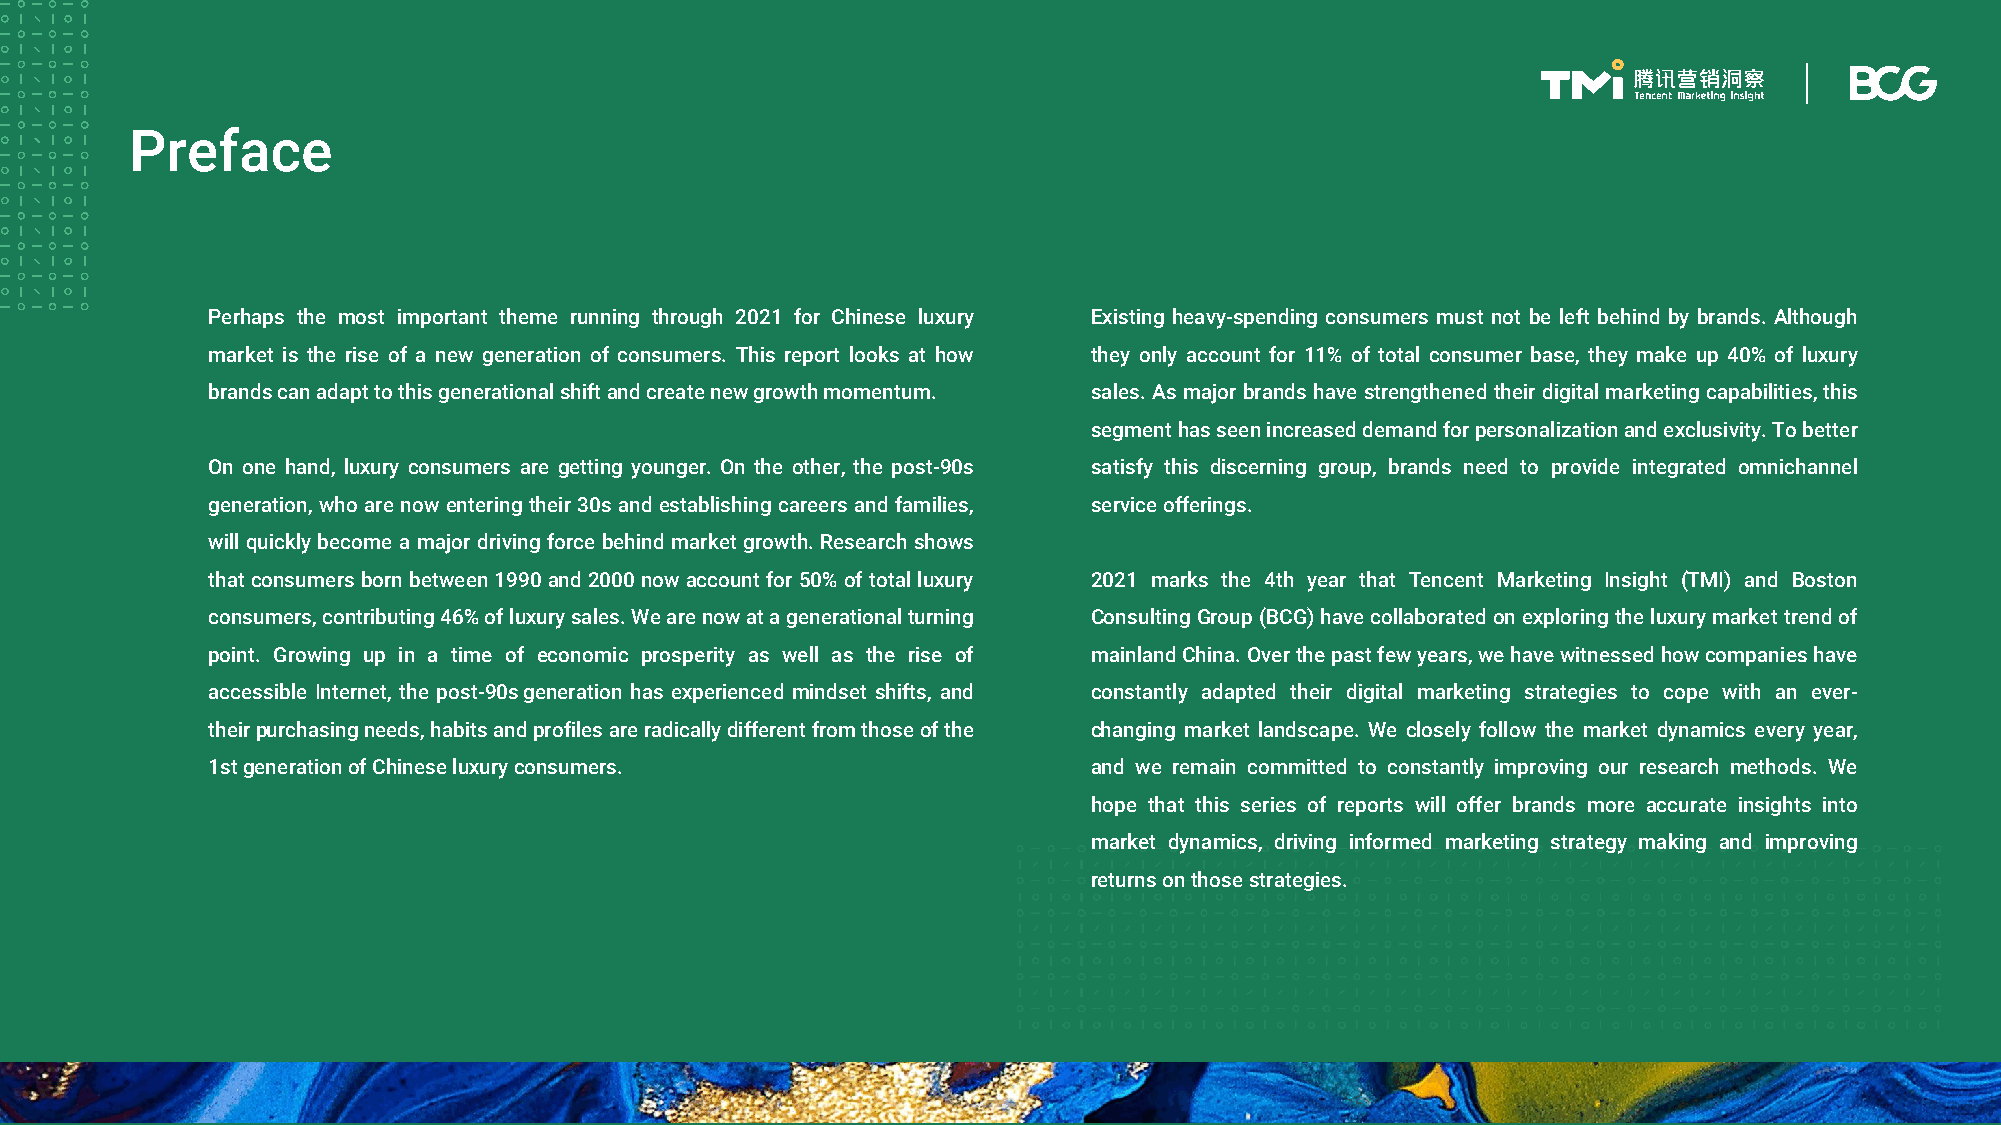
Preface
 Perhaps the most important theme running through 2021 for Chinese luxury Existing heavy-spending consumers must not be left behind by brands. Although
 market is the rise of a new generation of consumers. This report looks at how they only account for 11% of total consumer base, they make up 40% of luxury
 brandscanadapttothisgenerationalshiftandcreatenewgrowthmomentum. sales.As majorbrands have strengthened theirdigitalmarketing capabilities, this
 segmenthasseenincreaseddemandforpersonalizationandexclusivity.Tobetter
 On one hand, luxury consumers are getting younger. On the other, the post-90s satisfy this discerning group, brands need to provide integrated omnichannel
 generation, who are now entering their30s and establishingcareers and families, serviceofferings.
 willquickly become a major driving force behind market growth. Research shows
 thatconsumersbornbetween1990and2000nowaccountfor50% oftotalluxury 2021 marks the 4th year that Tencent Marketing Insight (TMI) and Boston
 consumers,contributing46%ofluxurysales.Wearenowatagenerationalturning ConsultingGroup(BCG)havecollaboratedonexploringtheluxurymarkettrendof
 point. Growing up in a time of economic prosperity as well as the rise of mainlandChina.Overthepastfewyears,wehavewitnessedhowcompanieshave
 accessible Internet, the post-90sgeneration has experienced mindset shifts, and constantly adapted their digital marketing strategies to cope with an ever-
 theirpurchasingneeds,habitsandprofilesareradicallydifferentfromthoseofthe changing market landscape. We closely follow the market dynamics every year,
 1stgenerationofChineseluxuryconsumers.                    and we remain committed to constantly improving our research methods. We
 hope that this series of reports will offer brands more accurate insights into
 market dynamics, driving informed marketing strategy making and improving
 returnsonthosestrategies.